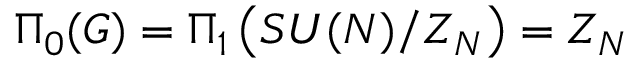
\Pi _ { 0 } ( { \cal G } ) = \Pi _ { 1 } \left( S U ( N ) / Z _ { N } \right) = Z _ { N }